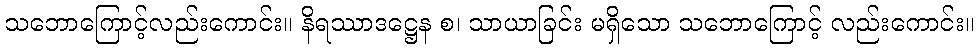
သဘောကြောင့်လည်းကောင်း။ နိရဿာဒဋ္ဌေန စ၊ သာယာခြင်း မရှိသော သဘောကြောင့် လည်းကောင်း။